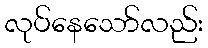
လုပ်နေသော်လည်း